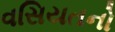
વસિયતનો